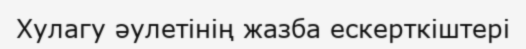
Хулагу әулетінің жазба ескерткіштері